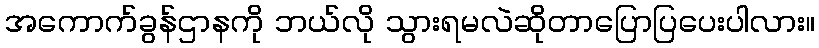
အကောက်ခွန်ဌာနကို ဘယ်လို သွားရမလဲဆိုတာပြောပြပေးပါလား။